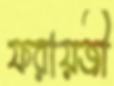
ফরায়জী